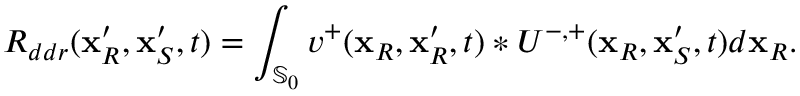
R _ { d d r } ( \mathbf { x } _ { R } ^ { \prime } , \mathbf { x } _ { S } ^ { \prime } , t ) = \int _ { \mathbb { S } _ { 0 } } v ^ { + } ( \mathbf { x } _ { R } , \mathbf { x } _ { R } ^ { \prime } , t ) * U ^ { - , + } ( \mathbf { x } _ { R } , \mathbf { x } _ { S } ^ { \prime } , t ) d \mathbf { x } _ { R } .